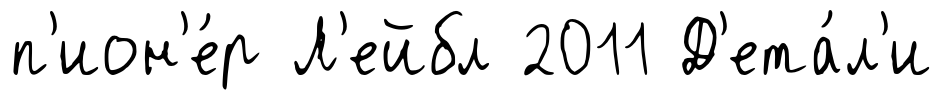
п'ион'е́р Л'ейбл 2011 Д'ета́л'и